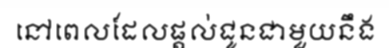
នៅពេលដែលផ្តល់ជូនជាមួយនឹង